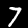
Digit: 7